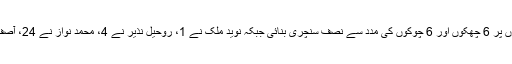
اوپننگ بلے باز عمر امین نے عمدہ بلے بازی کرتے ہوئے 41 گیندوں پر 6 چھکوں اور 6 چوکوں کی مدد سے نصف سنچری بنائی جبکہ نوید ملک نے 1، روحیل نذیر نے 4، محمد نواز نے 24، آصف علی نے 44، عماد وسیم نے 7 اور سہیل اختر نے ایک سکور بنایا۔